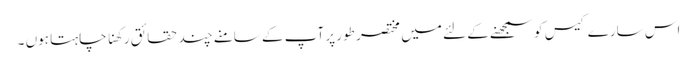
اس سارے کیس کو سمجھنے کے لئے میں مختصر طور پر آپ کے سامنے چند حقائق رکھنا چاہتا ہوں ۔